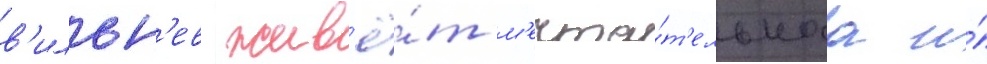
в'ильн'ев жив'ё́т м'ечта́т'ельнаа и́